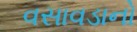
વસાવડાનો